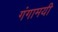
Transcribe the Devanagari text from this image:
गंगामयी